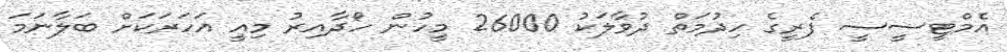
އެމްޓީސީސީ ފެރީގެ ހިދުމަތް ދުވާލަކު 26000 މީހުން ހޯދާއިރު މިއީ އަހަރަކަށް ބަލާނަމަ